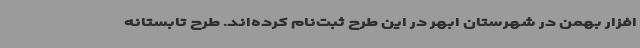
‌افزار بهمن در شهرستان ابهر در این طرح ثبت‌نام کرده‌اند. طرح تابستانه